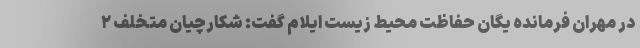
در مهران فرمانده یگان حفاظت محیط زیست ایلام گفت: شکارچیان متخلف ۲